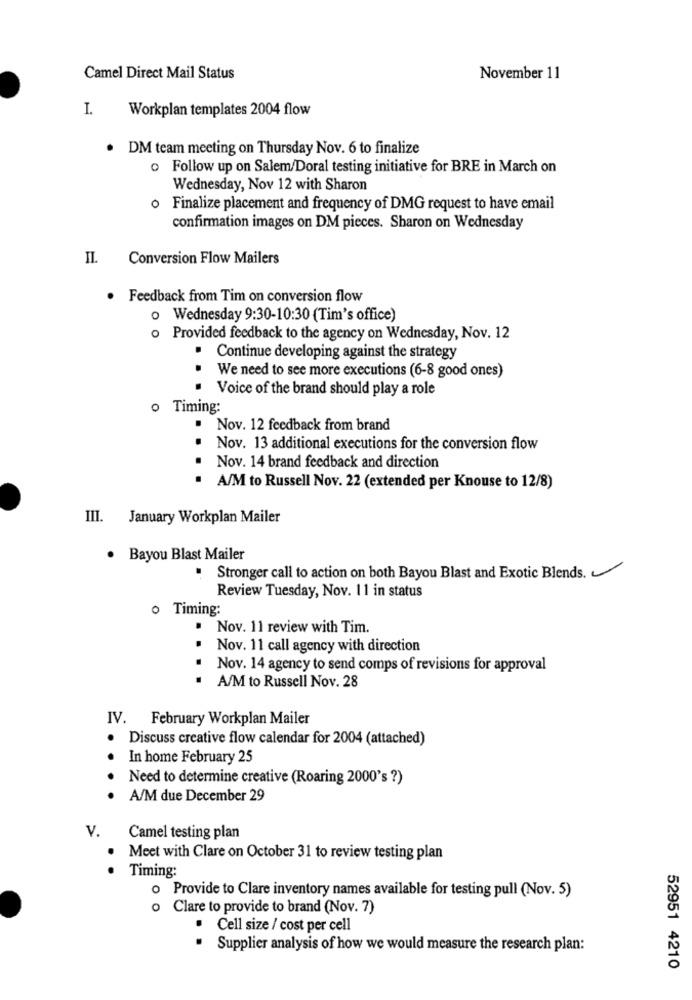
Camel Direct Mail Status
November 11
I.
Workplan templates 2004 flow
. DM team meeting on Thursday Nov. 6 to finalize
o Follow up on Salem/Doral testing initiative for BRE in March on
Wednesday, Nov 12 with Sharon
Finalize placement and frequency of DMG request to have email
confirmation images on DM pieces. Sharon on Wednesday
IL.
Conversion Flow Mailers
Feedback from Tim on conversion flow
o Wednesday 9:30-10:30 (Tim's office)
o Provided feedback to the agency on Wednesday, Nov. 12
. Continue developing against the strategy
We need to see more executions (6-8 good ones)
...
Voice of the brand should play a role
o Timing:
Nov. 12 feedback from brand
Nov. 13 additional executions for the conversion flow
Nov. 14 brand feedback and direction
...
A/M to Russell Nov. 22 (extended per Knouse to 12/8)
III.
January Workplan Mailer
Bayou Blast Mailer
Stronger call to action on both Bayou Blast and Exotic Blends.
Review Tuesday, Nov. 11 in status
o Timing:
Nov. 11 review with Tim.
Nov. 11 call agency with direction
Nov. 14 agency to send comps of revisions for approval
....
A/M to Russell Nov. 28
IV. February Workplan Mailer
Discuss creative flow calendar for 2004 (attached)
In home February 25
Need to determine creative (Roaring 2000's ?)
.. . .
A/M due December 29
V.
Camel testing plan
Meet with Clare on October 31 to review testing plan
.
Timing:
Provide to Clare inventory names available for testing pull (Nov. 5)
o Clare to provide to brand (Nov. 7)
Cell size / cost per cell
Supplier analysis of how we would measure the research plan:
52951 4210